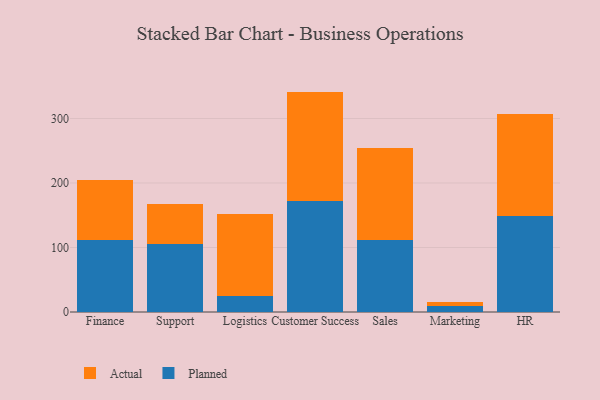
{"axis": {"x": "Department", "y": "Energy Usage (MWh)"}, "legend": ["Actual", "Planned"], "data": [{"x": "Finance", "y": 111.3, "type": "Planned"}, {"x": "Finance", "y": 92.7, "type": "Actual"}, {"x": "Support", "y": 105.3, "type": "Planned"}, {"x": "Support", "y": 61.9, "type": "Actual"}, {"x": "Logistics", "y": 24.2, "type": "Planned"}, {"x": "Logistics", "y": 128.4, "type": "Actual"}, {"x": "Customer Success", "y": 172.8, "type": "Planned"}, {"x": "Customer Success", "y": 168.9, "type": "Actual"}, {"x": "Sales", "y": 111.5, "type": "Planned"}, {"x": "Sales", "y": 142.8, "type": "Actual"}, {"x": "Marketing", "y": 9.0, "type": "Planned"}, {"x": "Marketing", "y": 6.8, "type": "Actual"}, {"x": "HR", "y": 149.0, "type": "Planned"}, {"x": "HR", "y": 158.1, "type": "Actual"}]}